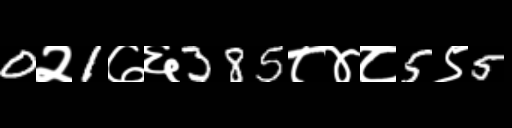
Text: 0२1७६385८४८5९5